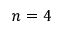
n = 4